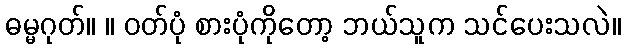
ဓမ္မဂုတ်။ ။ ဝတ်ပုံ စားပုံကိုတော့ ဘယ်သူက သင်ပေးသလဲ။